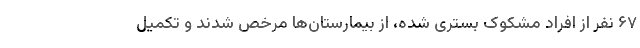
۶۷ نفر از افراد مشکوک بستری شده، از بیمارستان‌ها مرخص شدند و تکمیل